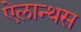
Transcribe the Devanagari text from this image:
ऐलान्थस